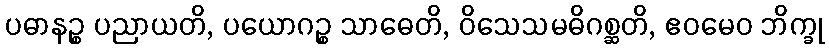
ပဓာနဉ္စ ပညာယတိ, ပယောဂဉ္စ သာဓေတိ, ဝိသေသမဓိဂစ္ဆတိ, ဧဝမေဝ ဘိက္ခု